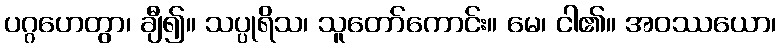
ပဂ္ဂဟေတွာ၊ ချီ၍။ သပ္ပုရိသ၊ သူတော်ကောင်း။ မေ၊ ငါ၏။ အဝဿယော၊